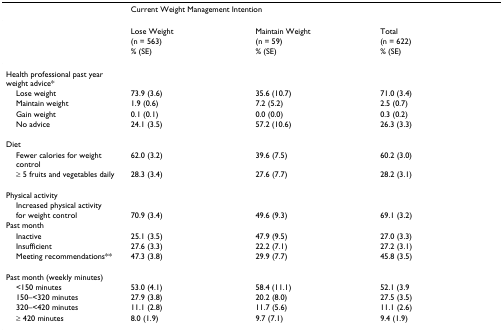
|  | <COLSPAN=3> Current Weight Management Intention |
 | --- | --- | --- | --- |
 |  | Lose Weight | Maintain Weight | Total |
 |  | (n = 563) | (n = 59) | (n = 622) |
 |  | % (SE) | % (SE) | % (SE) |
 | Health professional past year weight advice* |  |  |  |
 | Lose weight | 73.9 (3.6) | 35.6 (10.7) | 71.0 (3.4) |
 | Maintain weight | 1.9 (0.6) | 7.2 (5.2) | 2.5 (0.7) |
 | Gain weight | 0.1 (0.1) | 0.0 (0.0) | 0.3 (0.2) |
 | No advice | 24.1 (3.5) | 57.2 (10.6) | 26.3 (3.3) |
 | Diet |  |  |  |
 | Fewer calories for weight control | 62.0 (3.2) | 39.6 (7.5) | 60.2 (3.0) |
 | ≥ 5 fruits and vegetables daily | 28.3 (3.4) | 27.6 (7.7) | 28.2 (3.1) |
 | Physical activity |  |  |  |
 | Increased physical activity |  |  |  |
 | for weight control | 70.9 (3.4) | 49.6 (9.3) | 69.1 (3.2) |
 | Past month |  |  |  |
 | Inactive | 25.1 (3.5) | 47.9 (9.5) | 27.0 (3.3) |
 | Insufficient | 27.6 (3.3) | 22.2 (7.1) | 27.2 (3.1) |
 | Meeting recommendations** | 47.3 (3.8) | 29.9 (7.7) | 45.8 (3.5) |
 | Past month (weekly minutes) |  |  |  |
 | <150 minutes | 53.0 (4.1) | 58.4 (11.1) | 52.1 (3.9 |
 | 150–<320 minutes | 27.9 (3.8) | 20.2 (8.0) | 27.5 (3.5) |
 | 320–<420 minutes | 11.1 (2.8) | 11.7 (5.6) | 11.1 (2.6) |
 | ≥ 420 minutes | 8.0 (1.9) | 9.7 (7.1) | 9.4 (1.9) |